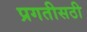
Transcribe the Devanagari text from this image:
प्रगतीसठी